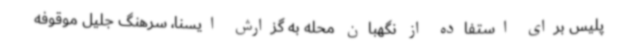
پلیس برای استفاده از نگهبان محله به گزارش ایسنا، سرهنگ جلیل موقوفه